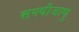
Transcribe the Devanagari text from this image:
समवीजाणु